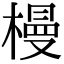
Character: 槾